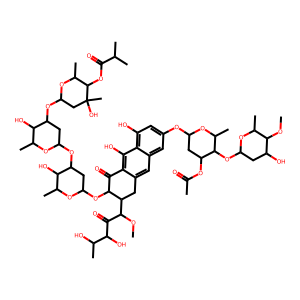
SMILES: COC(C(=O)C(O)C(C)O)C1Cc2cc3cc(OC4CC(OC(C)=O)C(OC5CC(O)C(OC)C(C)O5)C(C)O4)cc(O)c3c(O)c2C(=O)C1OC1CC(OC2CC(OC3CC(C)(O)C(OC(=O)C(C)C)C(C)O3)C(O)C(C)O2)C(O)C(C)O1
Inhibits HIV replication: No